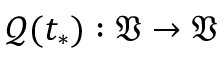
\mathcal { Q } ( t _ { * } ) : \mathfrak { V } \to \mathfrak { V }